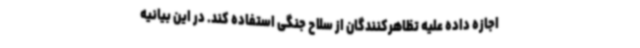
اجازه داده علیه تظاهرکنندگان از سلاح جنگی استفاده کند. در این بیانیه